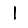
Digit: 1